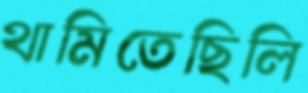
থামিতেছিলি